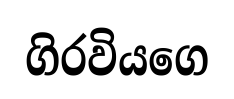
ගිරවියගෙ